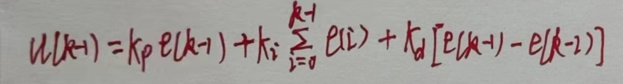
\[ u(k - 1)=k_p e(k - 1)+k_i\sum_{i = 0}^{k - 1}e(i)+k_d [e(k - 1)-e(k - 2)] \]